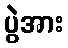
ပွဲအား